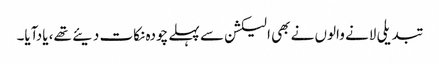
تبدیلی لانے والوں نے بھی الیکشن سے پہلے چودہ نکات دیئے تھے، یادآیا۔